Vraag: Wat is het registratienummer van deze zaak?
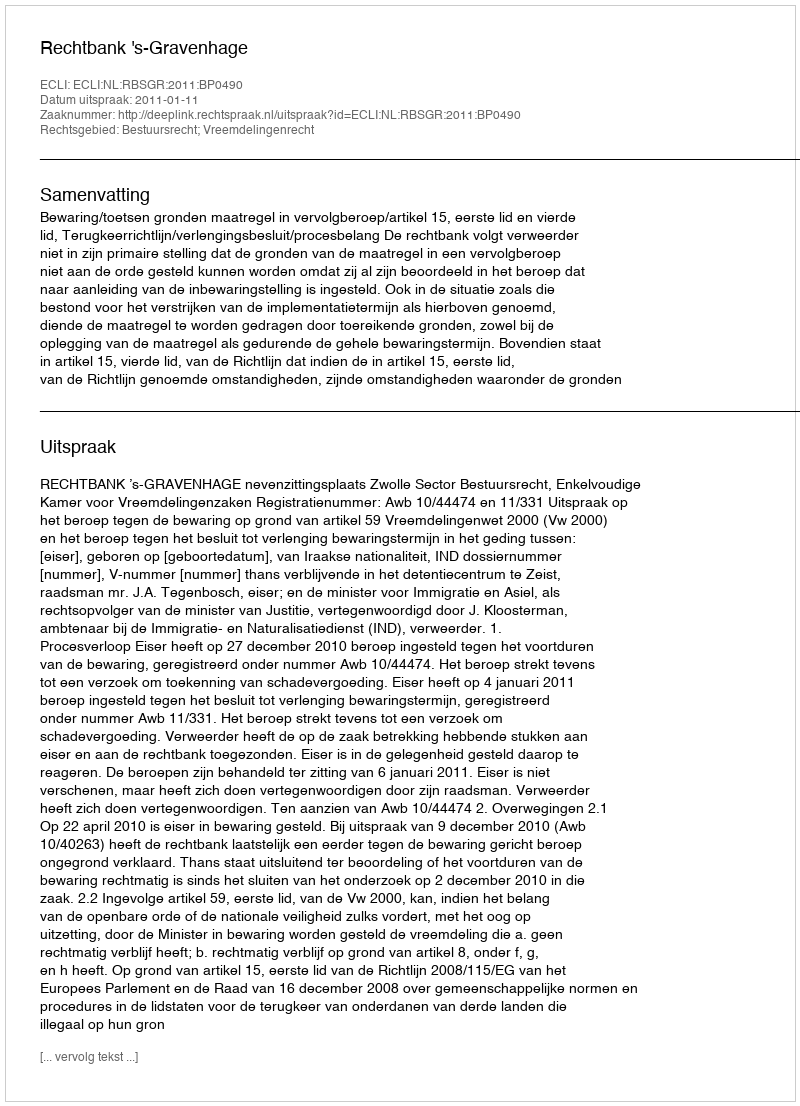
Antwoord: http://deeplink.rechtspraak.nl/uitspraak?id=ECLI:NL:RBSGR:2011:BP0490